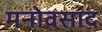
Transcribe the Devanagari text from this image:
मनोवसाद